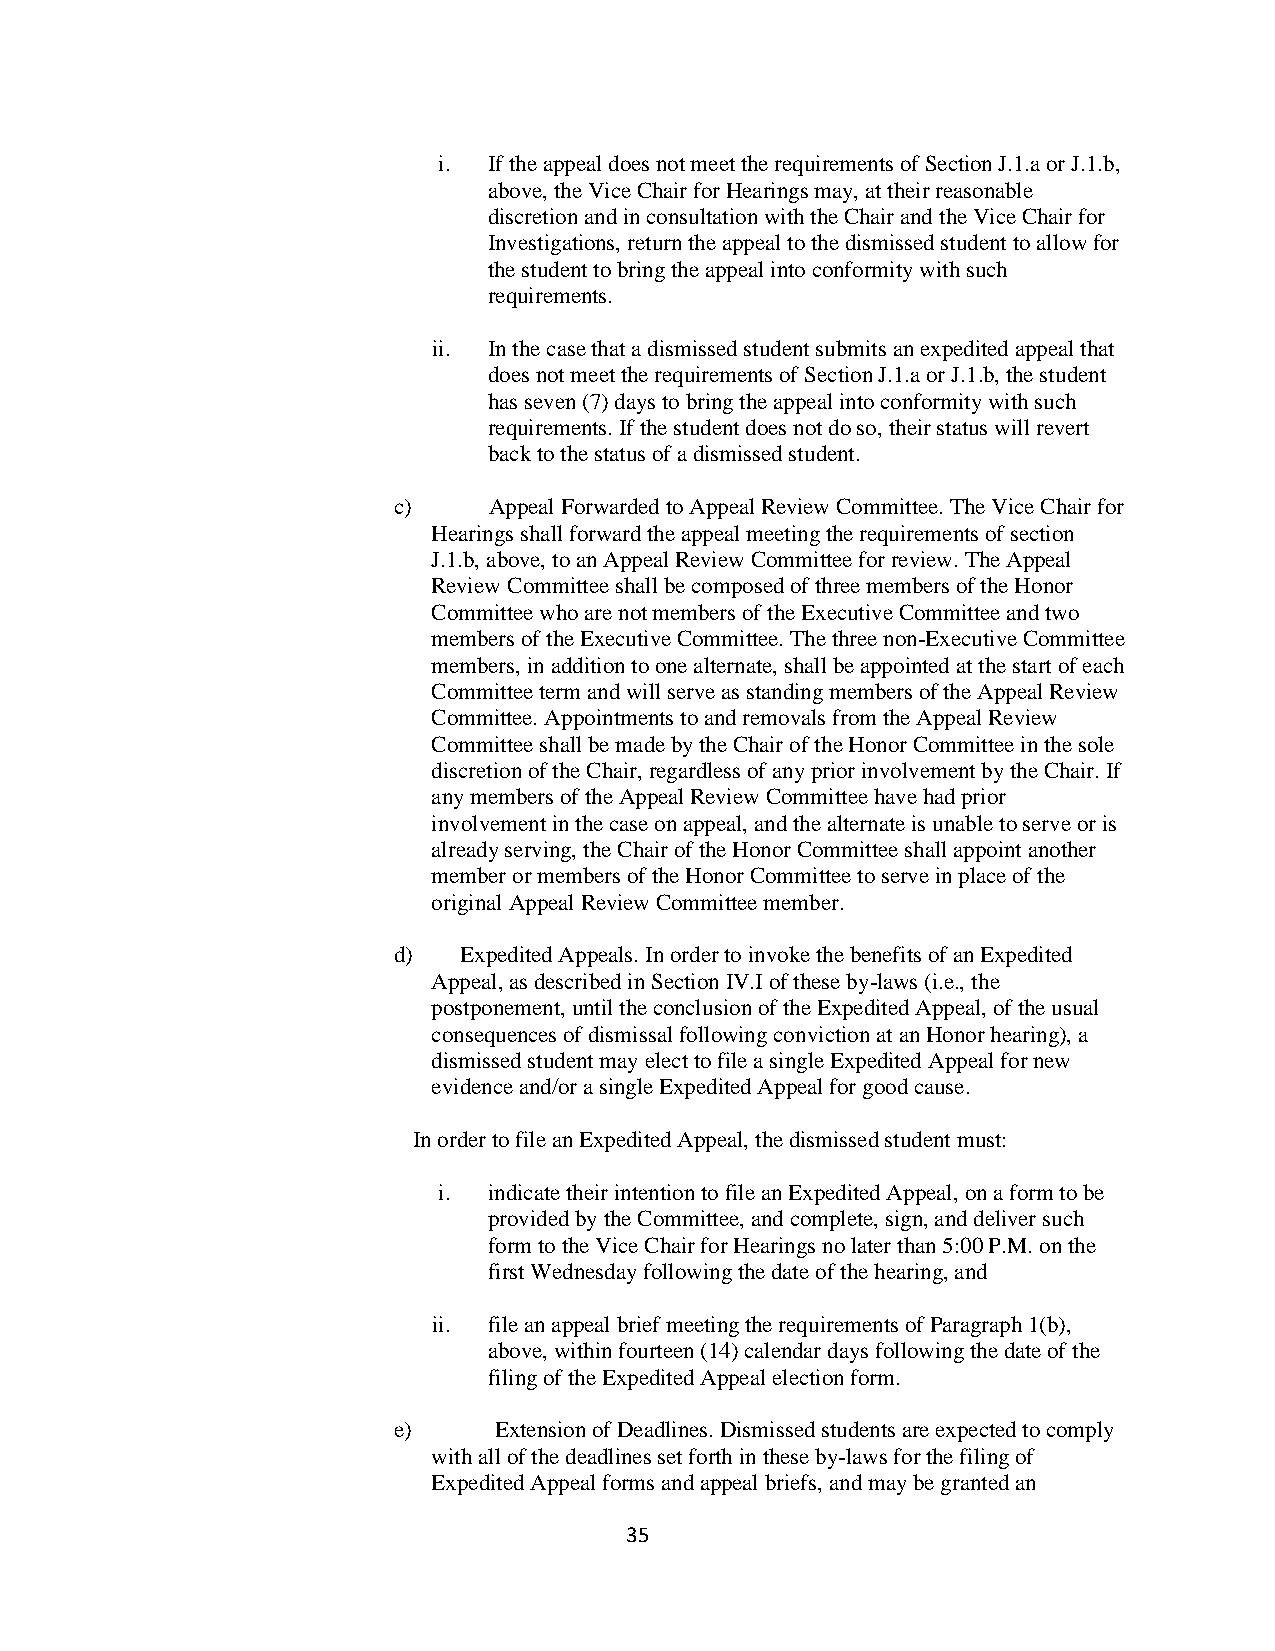
i. If the appeal does not meet the requirements of Section J.1.a or J.1.b,
 above, the Vice Chair for Hearings may, at their reasonable
 discretion and in consultation with the Chair and the Vice Chair for
 Investigations, return the appeal to the dismissed student to allow for
 the student to bring the appeal into conformity with such
 requirements.
 ii. In the case that a dismissed student submits an expedited appeal that
 does not meet the requirements of Section J.1.a or J.1.b, the student
 has seven (7) days to bring the appeal into conformity with such
 requirements. If the student does not do so, their status will revert
 back to the status of a dismissed student.
 c)    Appeal Forwarded to Appeal Review Committee. The Vice Chair for
 Hearings shall forward the appeal meeting the requirements of section
 J.1.b, above, to an Appeal Review Committee for review. The Appeal
 Review Committee shall be composed of three members of the Honor
 Committee who are not members of the Executive Committee and two
 members of the Executive Committee. The three non-Executive Committee
 members, in addition to one alternate, shall be appointed at the start of each
 Committee term and will serve as standing members of the Appeal Review
 Committee. Appointments to and removals from the Appeal Review
 Committee shall be made by the Chair of the Honor Committee in the sole
 discretion of the Chair, regardless of any prior involvement by the Chair. If
 any members of the Appeal Review Committee have had prior
 involvement in the case on appeal, and the alternate is unable to serve or is
 already serving, the Chair of the Honor Committee shall appoint another
 member or members of the Honor Committee to serve in place of the
 original Appeal Review Committee member.
 d)  Expedited Appeals. In order to invoke the benefits of an Expedited
 Appeal, as described in Section IV.I of these by-laws (i.e., the
 postponement, until the conclusion of the Expedited Appeal, of the usual
 consequences of dismissal following conviction at an Honor hearing), a
 dismissed student may elect to file a single Expedited Appeal for new
 evidence and/or a single Expedited Appeal for good cause.
 In order to file an Expedited Appeal, the dismissed student must:
 i. indicate their intention to file an Expedited Appeal, on a form to be
 provided by the Committee, and complete, sign, and deliver such
 form to the Vice Chair for Hearings no later than 5:00 P.M. on the
 first Wednesday following the date of the hearing, and
 ii. file an appeal brief meeting the requirements of Paragraph 1(b),
 above, within fourteen (14) calendar days following the date of the
 filing of the Expedited Appeal election form.
 e)     Extension of Deadlines. Dismissed students are expected to comply
 with all of the deadlines set forth in these by-laws for the filing of
 Expedited Appeal forms and appeal briefs, and may be granted an
 35